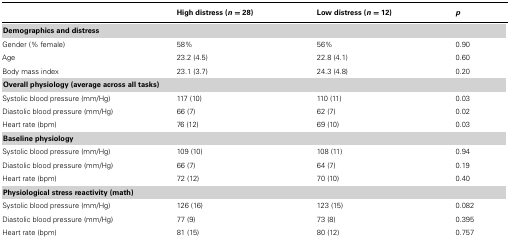
<table><thead><tr><td></td><td><b>High distress (<i>n</i> = 28)</b></td><td><b>Low distress (<i>n</i> = 12)</b></td><td><b><i>p</i></b></td></tr></thead><tbody><tr><td><b>Demographics and distress</b></td></tr><tr><td>Gender (% female)</td><td>58%</td><td>56%</td><td>0.90</td></tr><tr><td>Age</td><td>23.2 (4.5)</td><td>22.8 (4.1)</td><td>0.60</td></tr><tr><td>Body mass index</td><td>23.1 (3.7)</td><td>24.3 (4.8)</td><td>0.20</td></tr><tr><td><b>Overall physiology (average across all tasks)</b></td></tr><tr><td>Systolic blood pressure (mm/Hg)</td><td>117 (10)</td><td>110 (11)</td><td>0.03</td></tr><tr><td>Diastolic blood pressure (mm/Hg)</td><td>66 (7)</td><td>62 (7)</td><td>0.02</td></tr><tr><td>Heart rate (bpm)</td><td>76 (12)</td><td>69 (10)</td><td>0.03</td></tr><tr><td><b>Baseline physiology</b></td></tr><tr><td>Systolic blood pressure (mm/Hg)</td><td>109 (10)</td><td>108 (11)</td><td>0.94</td></tr><tr><td>Diastolic blood pressure (mm/Hg)</td><td>66 (7)</td><td>64 (7)</td><td>0.19</td></tr><tr><td>Heart rate (bpm)</td><td>72 (12)</td><td>70 (10)</td><td>0.40</td></tr><tr><td><b>Physiological stress reactivity (math)</b></td></tr><tr><td>Systolic blood pressure (mm/Hg)</td><td>126 (16)</td><td>123 (15)</td><td>0.082</td></tr><tr><td>Diastolic blood pressure (mm/Hg)</td><td>77 (9)</td><td>73 (8)</td><td>0.395</td></tr><tr><td>Heart rate (bpm)</td><td>81 (15)</td><td>80 (12)</td><td>0.757</td></tr></tbody></table>